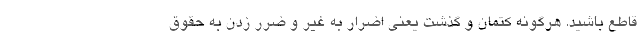
قاطع باشید. هرگونه کتمان و گذشت یعنی اضرار به غیر و ضرر زدن به حقوق